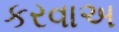
કરવાઅ